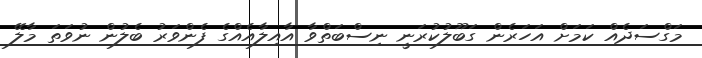
މަގްސަދެއް ކަމަށް އަހަރެން ގަބޫލުކުރަނީ ނިސްބަތްވާ އާއިލާއެއްގެ ފެންވަރު ބެލުން ނުވަތަ މާލޭ